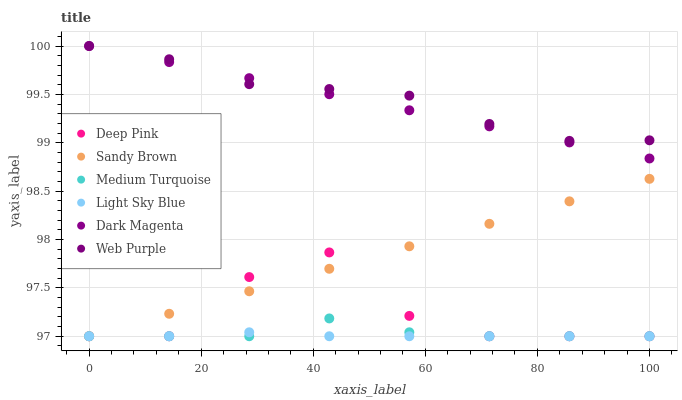
| xaxis_label | Deep Pink | Sandy Brown | Medium Turquoise | Light Sky Blue | Dark Magenta | Web Purple |
 | --- | --- | --- | --- | --- | --- | --- |
 | 0 | 97 | 97 | 97 | 97 | 100 | 100 |
 | 14.3 | 97 | 97.2 | 97 | 97 | 99.8 | 99.9 |
 | 28.6 | 97.6 | 97.5 | 97 | 97 | 99.7 | 99.6 |
 | 42.9 | 97.9 | 97.7 | 97.2 | 97 | 99.5 | 99.6 |
 | 57.1 | 97.2 | 97.9 | 97 | 97 | 99.3 | 99.5 |
 | 71.4 | 97 | 98.2 | 97 | 97 | 99.2 | 99.2 |
 | 85.7 | 97 | 98.4 | 97 | 97 | 99 | 99 |
 | 100 | 97 | 98.6 | 97 | 97 | 98.8 | 99 |